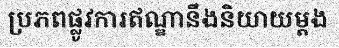
ប្រភពផ្លូវការឥណ្ឌានឹងនិយាយម្តង